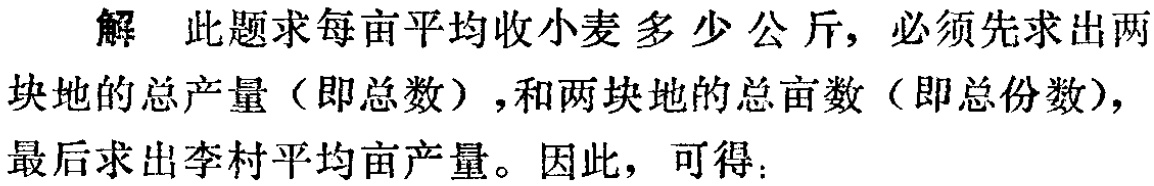
解 此题求每亩平均收小麦多少公斤，必须先求出两块地的总产量（即总数），和两块地的总亩数（即总份数），最后求出李村平均亩产量。因此，可得：